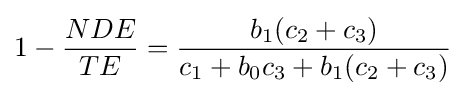
1-{\frac {NDE}{TE}}={\frac {b_{1}(c_{2}+c_{3})}{c_{1}+b_{0}c_{3}+b_{1}(c_{2}+c_{3})}}